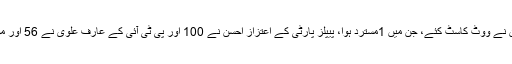
سندھ اسمبلی میں 163 میں سے 158 ارکان نے ووٹ کاسٹ کئے، جن میں 1مسترد ہوا، پیپلز پارٹی کے اعتزاز احسن نے 100 اور پی ٹی آئی کے عارف علوی نے 56 اور مولانا فضل الرحمٰن نے ایک ووٹ حاصل کیا۔